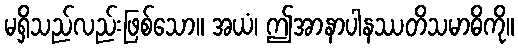
မရှိသည်လည်းဖြစ်သော။ အယံ၊ ဤအာနာပါနဿတိသမာဓိကို။